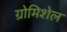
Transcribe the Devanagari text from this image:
ग्रोमिशेल